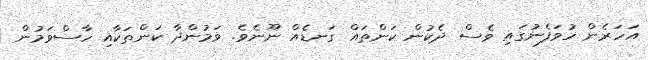
އަހަރެން ހުވަފެނުގައި ވެސް ދެކުން ކަންތައް ގަނޑެއް ނޫނެވެ. ވަމުންދާ ކަންތަކާއި ހާސްވަމުން